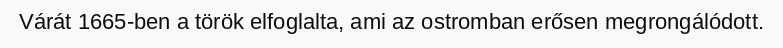
Várát 1665-ben a török elfoglalta, ami az ostromban erősen megrongálódott.